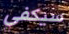
سيكفي